Sanitation, dispensaries and jails vaccination Rajputana 1922-1927 - 1922-1927
Year: 1922
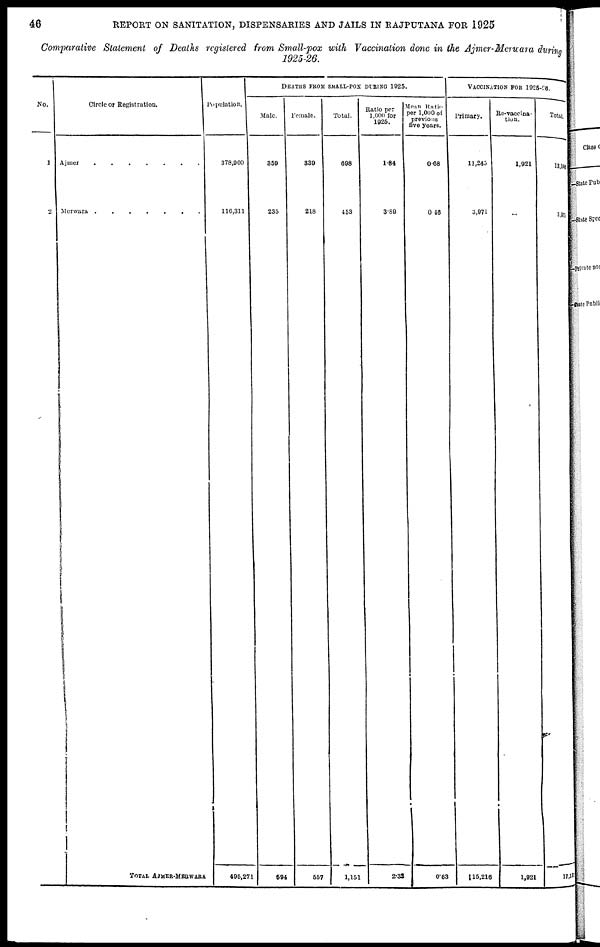
46
REPORT ON SANITATION, DISPENSARIES AND JAILS IN RAJPUTANA FOR 1925
Comparative Statement of Deaths registered from Small-pox with Vaccination done in the Ajmer-Merwara during
1925-26.
No.
1
2
Circle or Registration.
Ajmer . . . . . . . . . . .
Merwara . . . . . . . . .
TOTAL AJMER-MERWARA
Population.
378,960
116,311
495,271
DEATHS FROM SMALL-POX DURING 1925.
Male.
359
235
594
Female.
339
218
557
Total.
698
453
1,151
Ratio per
1,000 for
1925.
1.84
3.89
2.32
Mean Ratio
per 1,000 of
previous
five years.
0.68
0.46
0.63
VACCINATION FOR 1925-26.
Primary.
11,245
3,971
15,216
Re-vaccina¬
tion.
1,921
...
1,921
Total.
13,168
3,971
17,137